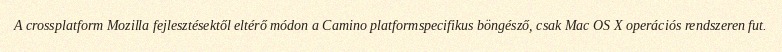
A crossplatform Mozilla fejlesztésektől eltérő módon a Camino platformspecifikus böngésző, csak Mac OS X operációs rendszeren fut.